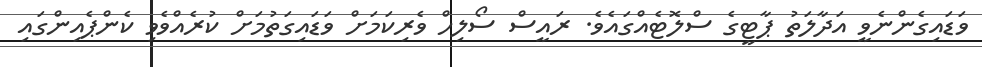
ވަޑައިގެންނެވީ އަދާލަތު ޕާޓީގެ ސްލޮޓެއްގައެވެ. ރައީސް ސޯލިހް ވެރިކަަމަށް ވަޑައިގަތުމަށް ކުރެއްވެވި ކެންޕެއިންގައި